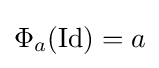
\Phi _{a}(\operatorname {Id} )=a